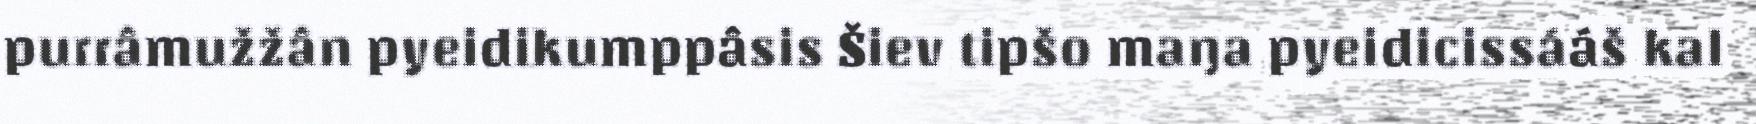
purrâmužžân pyeidikumppâsis Šiev tipšo maŋa pyeidicissááš kal